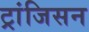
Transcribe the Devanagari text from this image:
ट्रांजिसन